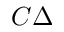
C \Delta